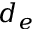
d _ { e }